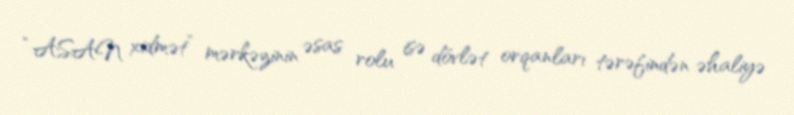
“ASAN xidmət” mərkəzinin əsas rolu isə dövlət orqanları tərəfindən əhaliyə